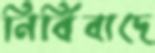
নির্বিবাদে